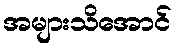
အများသိအောင်